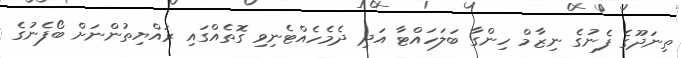
ތިނަދޫގެ ފެނުގެ ނިޒާމް ހިންގާ ބަލަހައްޓާ އަދި ދެމެހެއްޓެނިވި ގޮތެއްގައި ރައްޔިތުންނަށް ބޯފެނުގެ